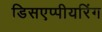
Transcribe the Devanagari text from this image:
डिसएप्पीयरिंग